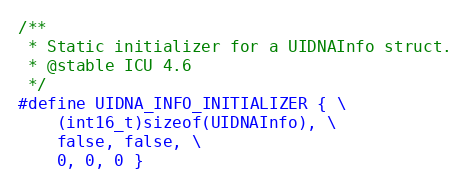
Language: C
/**
 * Static initializer for a UIDNAInfo struct.
 * @stable ICU 4.6
 */
#define UIDNA_INFO_INITIALIZER { \
    (int16_t)sizeof(UIDNAInfo), \
    false, false, \
    0, 0, 0 }